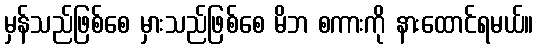
မှန်သည်ဖြစ်စေ မှားသည်ဖြစ်စေ မိဘ စကားကို နားထောင်ရမယ်။